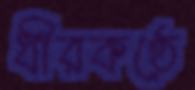
ধীরকণ্ঠে